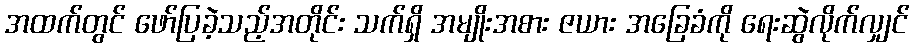
အထက်တွင် ဖော်ပြခဲ့သည့်အတိုင်း သက်ရှိ အမျိုးအစား ဇယား အခြေခံကို ရေးဆွဲလိုက်လျှင်